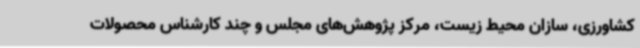
کشاورزی، سازان محیط زیست، مرکز پژوهش‌های مجلس و چند کارشناس محصولات